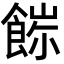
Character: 𩜖